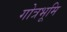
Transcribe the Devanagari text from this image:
गोत्रभूमि